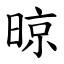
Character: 晾